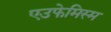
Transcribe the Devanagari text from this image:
एउफेमिस्म